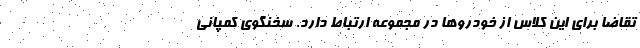
تقاضا برای این کلاس از خودروها در مجموعه ارتباط دارد. سخنگوی کمپانی